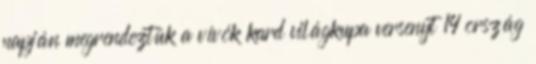
napján megrendeztük a vívók kard világkupa versenyt 14 ország